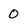
Character: 0